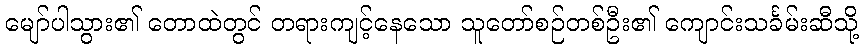
မျော်ပါသွား၏ တောထဲတွင် တရားကျင့်နေသော သူတော်စဉ်တစ်ဦး၏ ကျောင်းသင်္ခမ်းဆီသို့